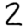
Digit: 2